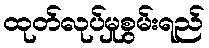
ထုတ်လုပ်မှုစွမ်းရည်